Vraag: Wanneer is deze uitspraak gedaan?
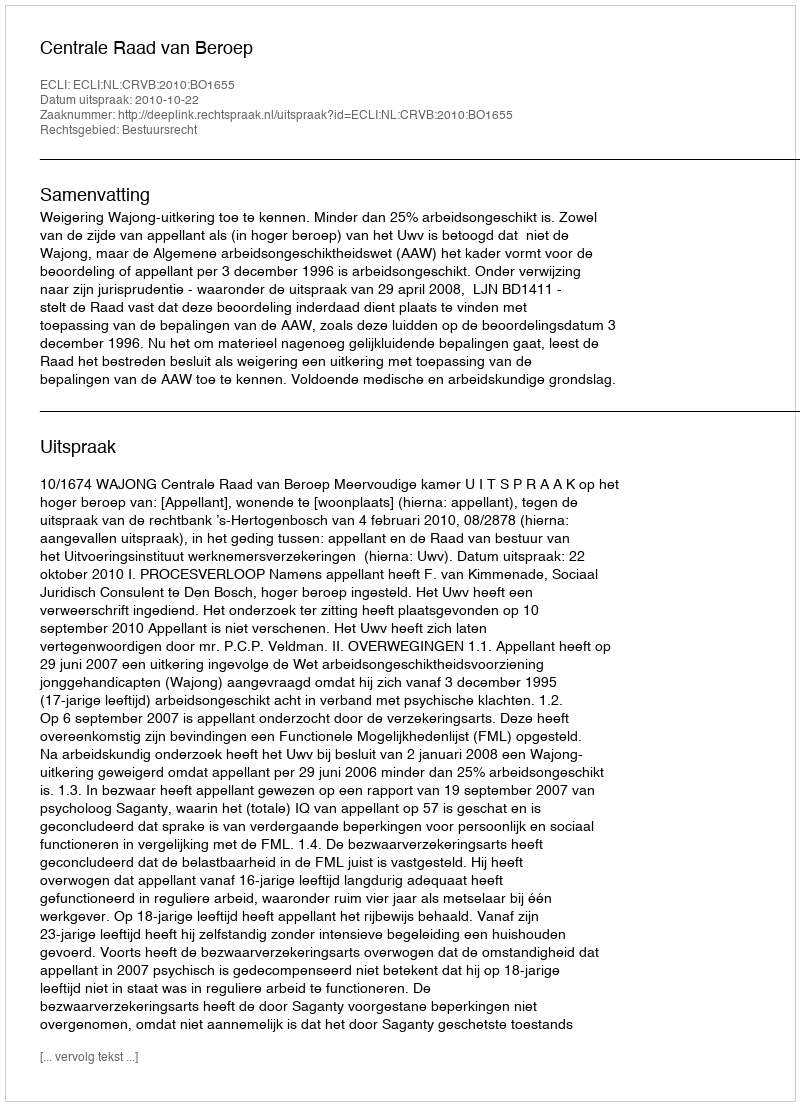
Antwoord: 2010-10-22